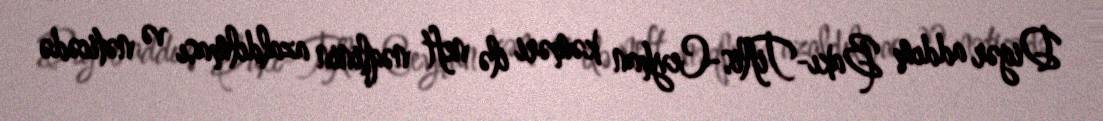
Digər addım Bakı-Tiflis-Ceyhan kəməri ilə neft nəqlinin azaldılması və nəticədə